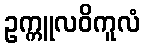
ဥက္ကူလဝိကူလံ